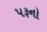
પરૂનો